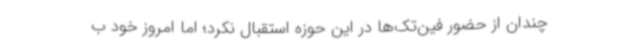
چندان از حضور فین‌تک‌ها در این حوزه استقبال نکرد؛ اما امروز خود ب